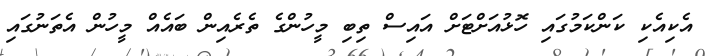
އެކިއެކި ކަންކަމުގައި ހޮޅުއަށްޓަށް އައިސް ތިބި މީހުންގެ ތެރެއިން ބައެއް މީހުން އެތަނުގައި